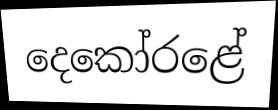
දෙකෝරළේ